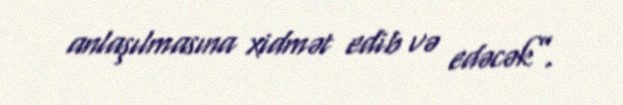
anlaşılmasına xidmət edib və edəcək”.